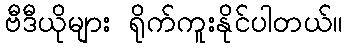
ဗီဒီယိုများ ရိုက်ကူးနိုင်ပါတယ်။